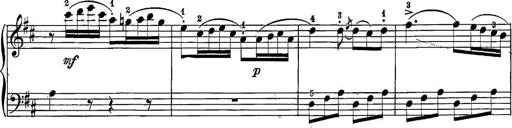
Title: 12 Sonatine per Pianoforte
Composer: Friedrich Kuhlau